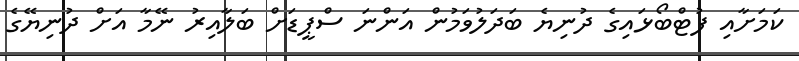
ކަމަށާއި ފުޓްބޯޅައިގެ ދުނިޔެ ބަދަލުވަމުން އަންނަ ސްޕީޑަށް ބަލާއިރު ނޭމާ އަށް ދުނިޔޭގެ